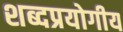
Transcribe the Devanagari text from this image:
शब्दप्रयोगीय